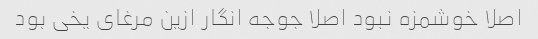
اصلا خوشمزه نبود اصلا جوجه انگار ازین مرغای یخی بود